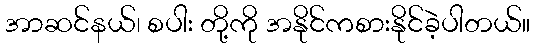
အာဆင်နယ်၊ စပါး တို့ကို အနိုင်ကစားနိုင်ခဲ့ပါတယ်။